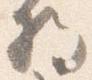
将